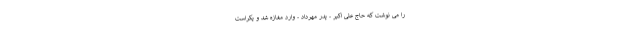
را می­ نوشت که حاج علی اکبر - پدر مهرداد - وارد مغازه شد و یکراست